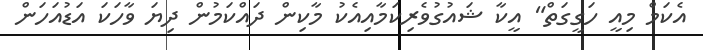
އެކަމް މިއީ ހަގީގަތް" އީކާ ޝައުގުވެރިކަމާއިއެކު މާކިން ދައްކަމުން ދިޔަ ވާހަކަ އަޑުއަހަން